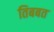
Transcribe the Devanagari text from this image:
तिबबत